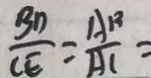
\frac { B D } { C E } = \frac { A B } { A C } =